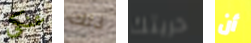
عنكي ذلك حريتك أن